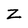
Character: Z